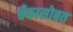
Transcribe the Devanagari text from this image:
बँकासोबत